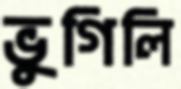
ভুগিলি